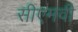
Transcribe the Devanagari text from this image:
सीएमवी